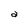
Character: a